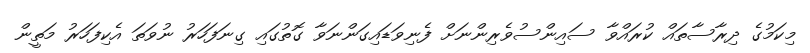
މިކަމުގެ ދިރާސާތައް ކުރައްވާ ސައިންސުވެރިންނަށް ފެނިވަޑައިގަންނަވާ ގޮތުގައި ގިނަފަހަރު ނުވަތަ އެކިފަހަރު މަތީން